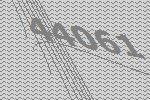
44061